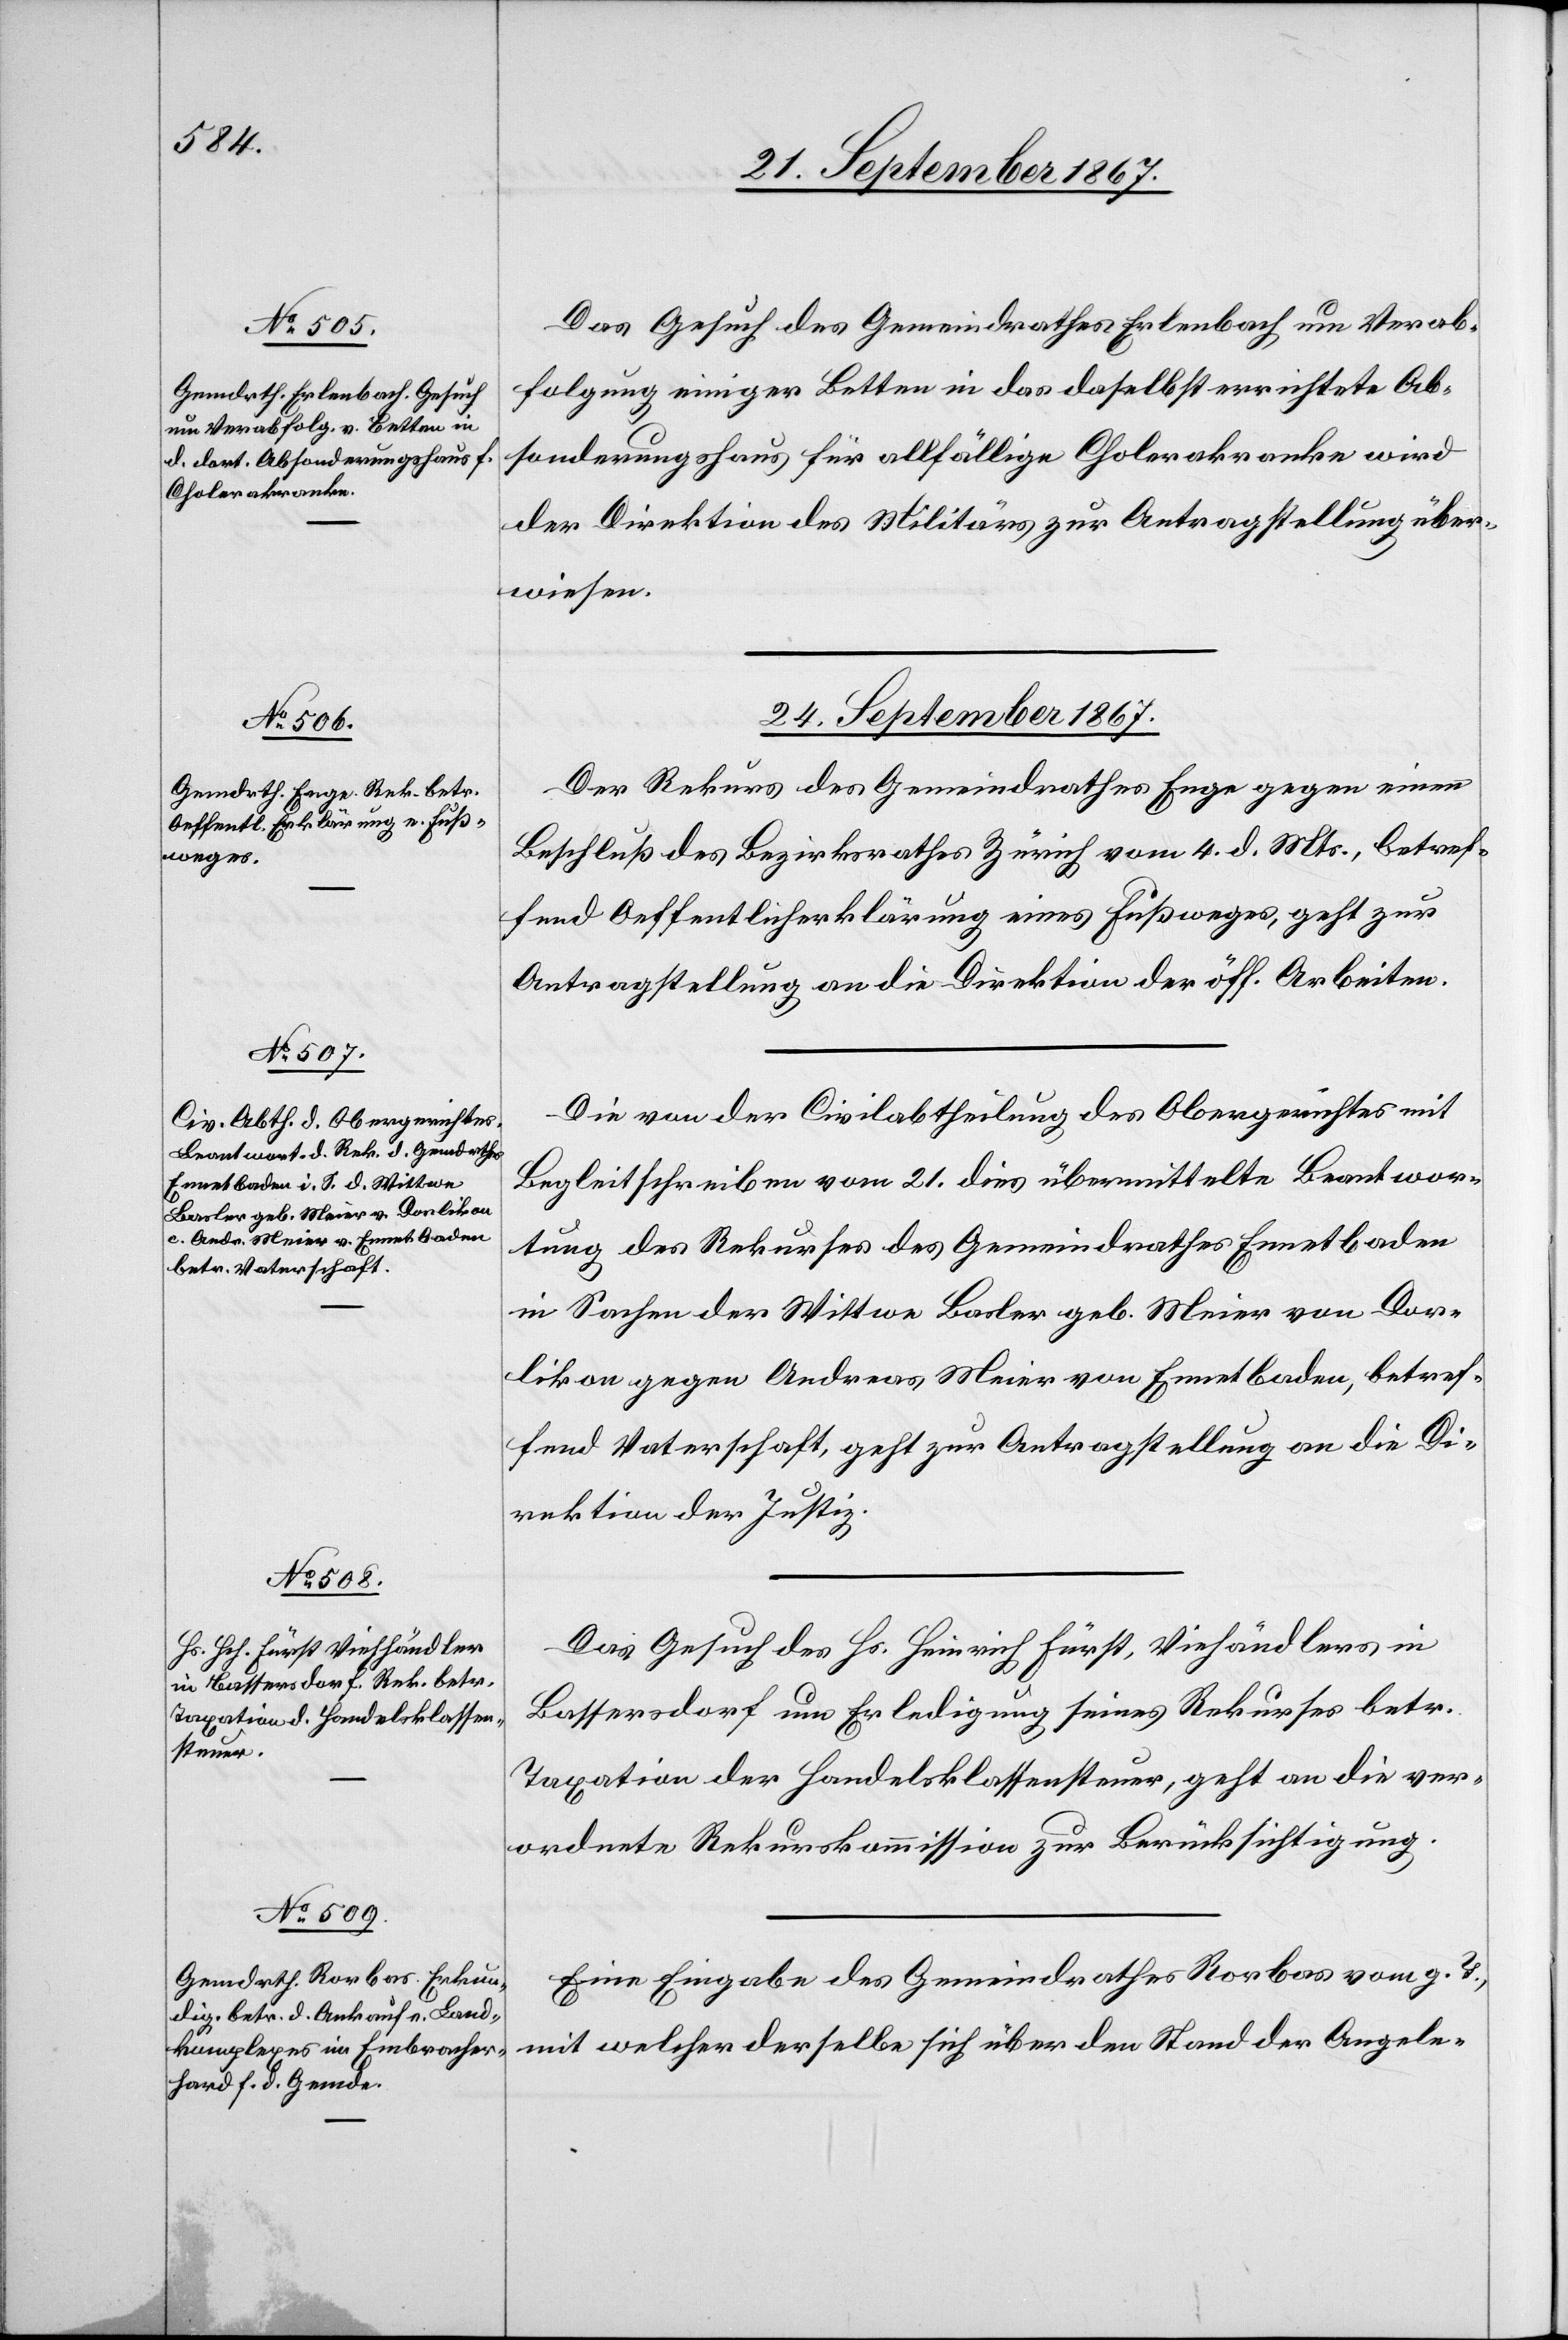
24. September 1867.]
Das Gesuch des Gemeindrathes Erlenbach um Verab¬
reichung einiger Betten in das daselbst errichtete Ab¬
sonderungshaus für allfällige Cholerakranke wird
der Direktion des Militärs zu Antragstellung über¬
wiesen.
24. September 1867.
Der Rekurs des Gemeindrathes Enge gegen einen
Beschluß des Bezirksrathes Zürich vom 4. d. Mts., betref¬
fend Oeffentlicherklärung eines Fußweges, geht zur
Antragstellung an die Direktion der öff. Arbeiten.
Die von der Civilabtheilung des Obergerichtes mit
Begleitschreiben vom 21. dies übermittelte Beantwor¬
tung des Rekurses des Gemeindrathes Ennetbaden
in Sachen der Wittwe Basler geb. Meier von Dor¬
likon gegen Andreas Meier von Ennetbaden, betref¬
fend Vaterschaft, geht zur Antragstellung an die Di¬
rektion der Justiz.
Das Gesuch des Hs. Heinrich Fürst, Viehhändlers in
Bassersdorf um Erledigung seines Rekurses betr.
Taxation der Handelsklassensteuer, geht an die ver¬
ordnete Rekurskommission zur Berücksichtigung.
Eine Eingabe des Gemeindrathes Rorbas vom g. T.,
mit welcher derselbe sich über den Stand der Angele-